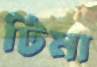
টিমা